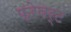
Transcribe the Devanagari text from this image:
फ्रेवर्ट